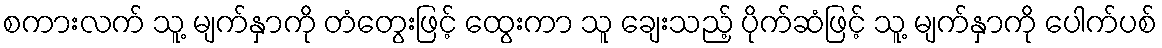
စကားလက် သူ့ မျက်နှာကို တံတွေးဖြင့် ထွေးကာ သူ ချေးသည့် ပိုက်ဆံဖြင့် သူ့ မျက်နှာကို ပေါက်ပစ်